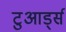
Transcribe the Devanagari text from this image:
टुआर्ड्स